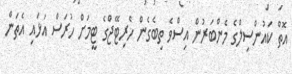
އޮތް ކައުންސިލްގެ މެންބަރުން އިސްވެ ތިބެގެން ހެރިޓޭޖްގެ ޓީމަށް ހުރަސް އަޅައި އެތަން